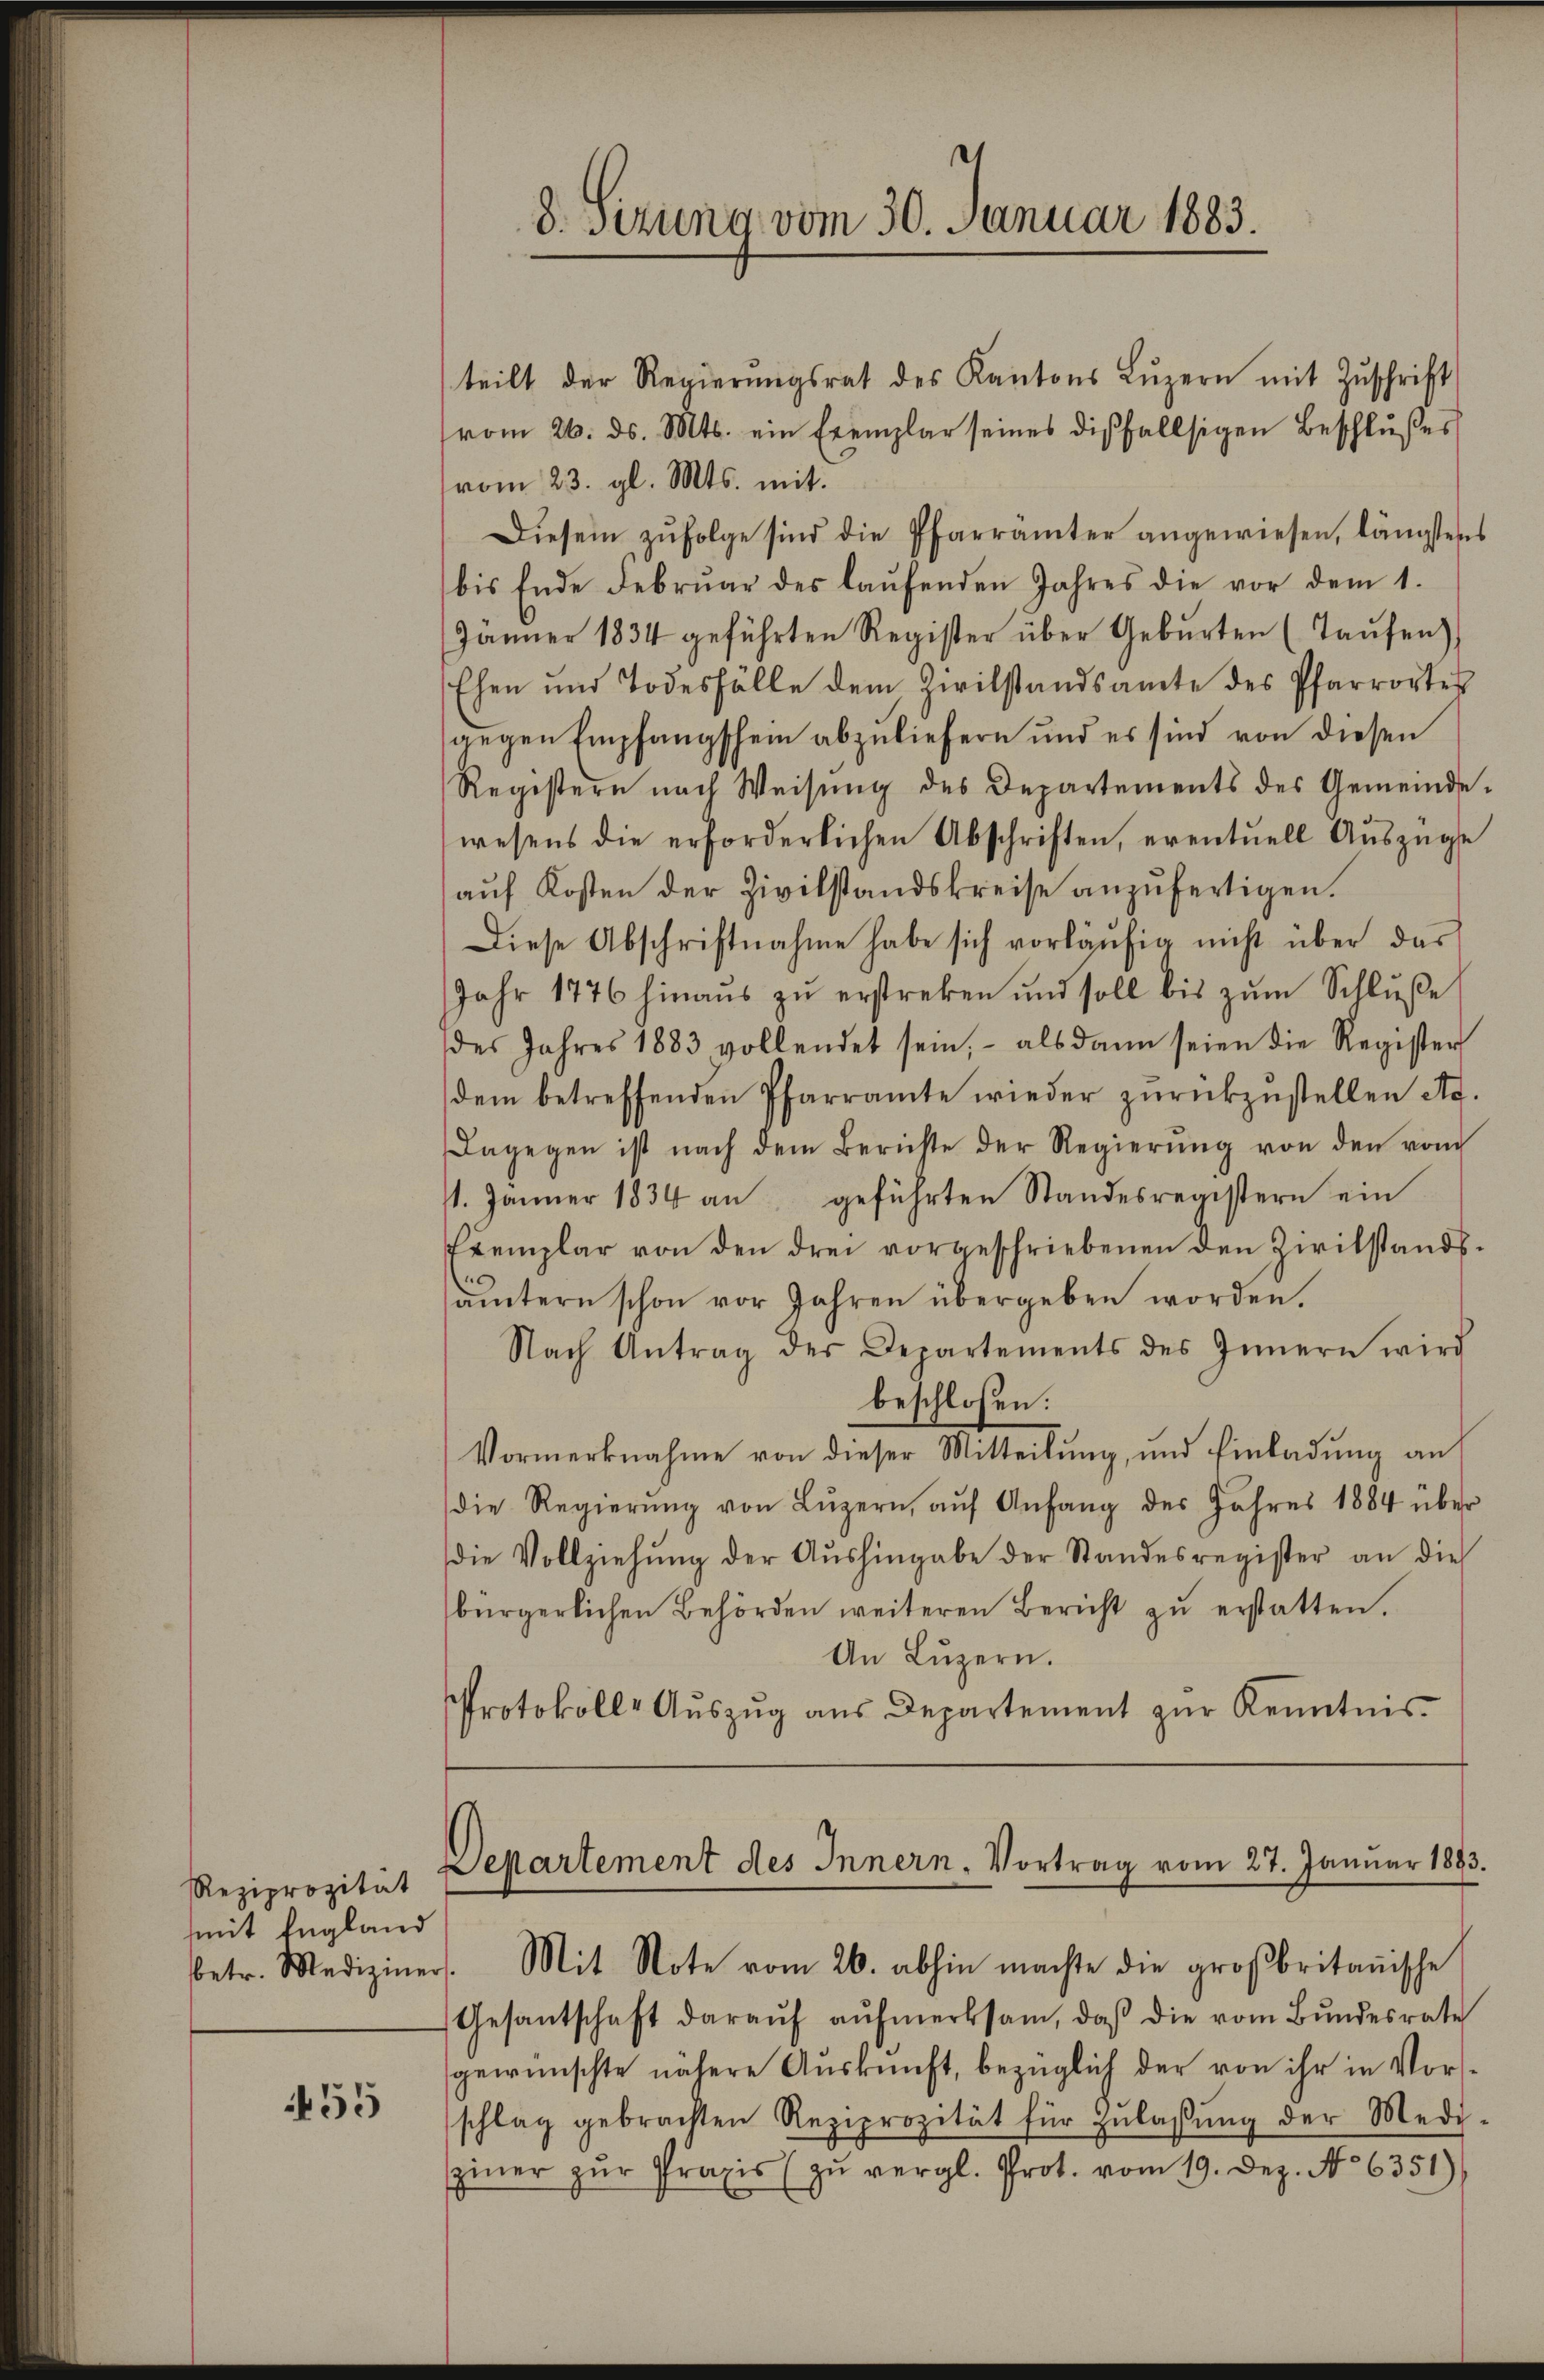
Reziprozität
mit England
betr. Mediziner

55

d. sezung vom 30. Januar 1883.

teilt der Regierŭngsrat des Kantons Lŭzern mit Zŭschrift
vom 26. ds. Mts. ein Exemplar seines disfallsigen Beschlußes
vom 23. gl. Mts. mit.
Diesem zŭfolge sind die Pfarrämter angewiesen, längstens
bis Ende Febrŭar des laŭfenden Jahres die vor dem 1.
Jänner 1834 geführten Register über Geburten (Taufen)
Ehen und Todesfälle dem Zivilstandsamte des Pfarrortes
gegen Empfangschein abzuliefern und es sind von diesen
Registern nach Weisung des Departements des Gemeindewesens die erforderlichen Abschriften, eventuell Auszüge
auf Kosten der Zivilstandskreise anzufertigen.
Diese Abschriftnahme habe sich vorläŭfig nicht über das
Jahr 1776 hinaus zu erstreken und soll bis zum Schluße
des Jahres 1883 vollendet sein, als dann seien die Register
dem betreffenden Pfarramte wieder zŭrückzŭstellen Art.
dagegen ist nach dem Berichte der Regierŭng von den vom
1. Jänner 1834 an geführten Standesregistern ein
Exemplar von den drei vorgeschriebenen den Zivilstands-
ämtern schon vor Jahren übergeben worden.
Nach Antrag der Departements des Innern wird
beschloßen:
Vormerknahme von dieser Mitteilung, und Einladung an
die Regierŭng von Lŭzern, aŭf Anfang des Jahres 1884 über
die Vollziehŭng der Aŭshingabe der Standesregister an die
bürgerlichen Behörden weiteren Bericht zŭ erstatten.
An Lŭzern.
Protokolle Aŭszŭg aŭs Departement zŭr Kenntnis

Departement des Innern. Vortrag vom 27. Januar 1893.

. Mit Note vom 26. abhin machte die großbritanische
Gesantschaft darauf aufmerksam, daß die vom Bundesrate
gewünschte nähere Auskunft, bezüglich der von ihr in Vorsschlag gebrachten Reziprozität für Zŭlassŭng der Medi-
ziner zŭr Praxis zŭ vergl. Prot. vom 19. Dez. No 6351),